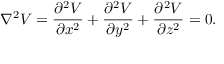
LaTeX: \nabla ^ { 2 } V = { \frac { \partial ^ { 2 } V } { \partial x ^ { 2 } } } + { \frac { \partial ^ { 2 } V } { \partial y ^ { 2 } } } + { \frac { \partial ^ { 2 } V } { \partial z ^ { 2 } } } = 0 .